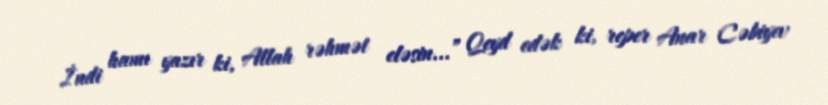
İndi hamı yazır ki, Allah rəhmət eləsin...” Qeyd edək ki, reper Anar Cəbiyev